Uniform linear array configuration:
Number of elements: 8
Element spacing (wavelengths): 1
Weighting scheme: kaiser
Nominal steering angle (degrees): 30
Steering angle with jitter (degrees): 31.524
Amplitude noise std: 0.05
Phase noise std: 0.05

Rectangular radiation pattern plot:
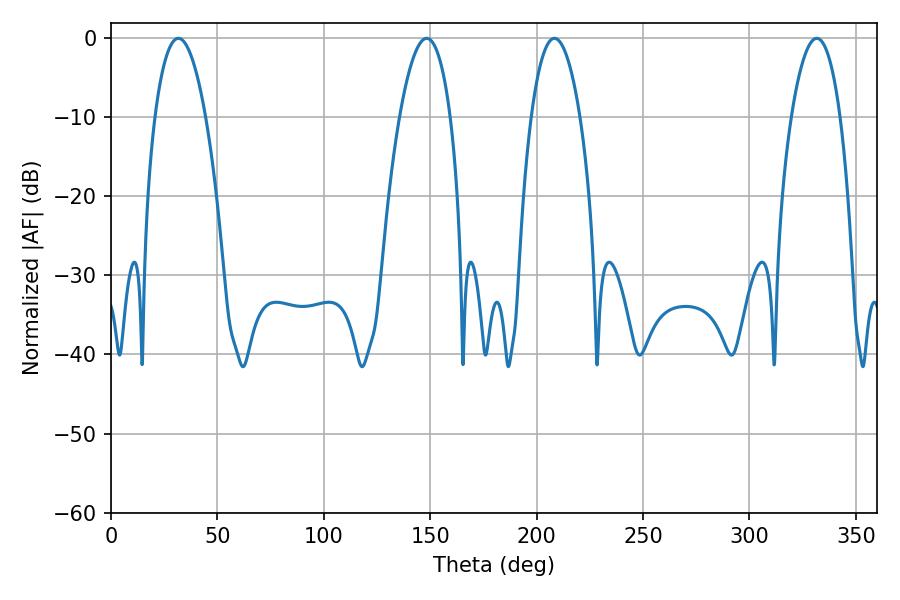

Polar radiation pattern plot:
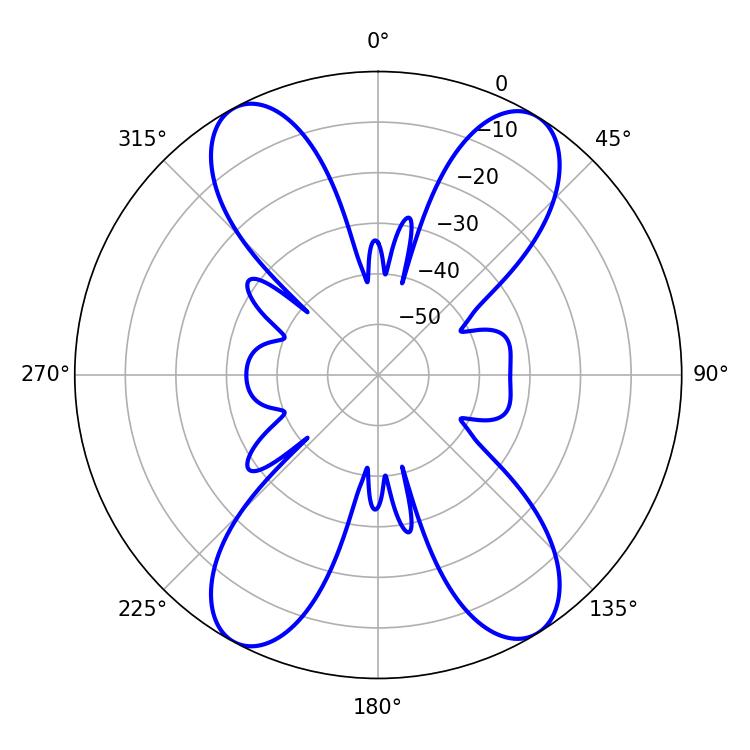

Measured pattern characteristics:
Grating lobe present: TRUE
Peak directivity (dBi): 17.665
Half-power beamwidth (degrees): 13.14
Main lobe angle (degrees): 31.68